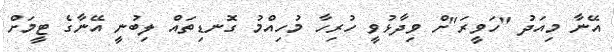
އޭނާ މިއަދު "ހަވީރަ"ށް ވިދާޅުވީ ހުރިހާ މުހިއްމު ގޮނޑިތައް ލިބުނީ އޭނާގެ ޓީމަށް